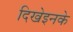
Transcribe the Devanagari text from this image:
दिखेइनके